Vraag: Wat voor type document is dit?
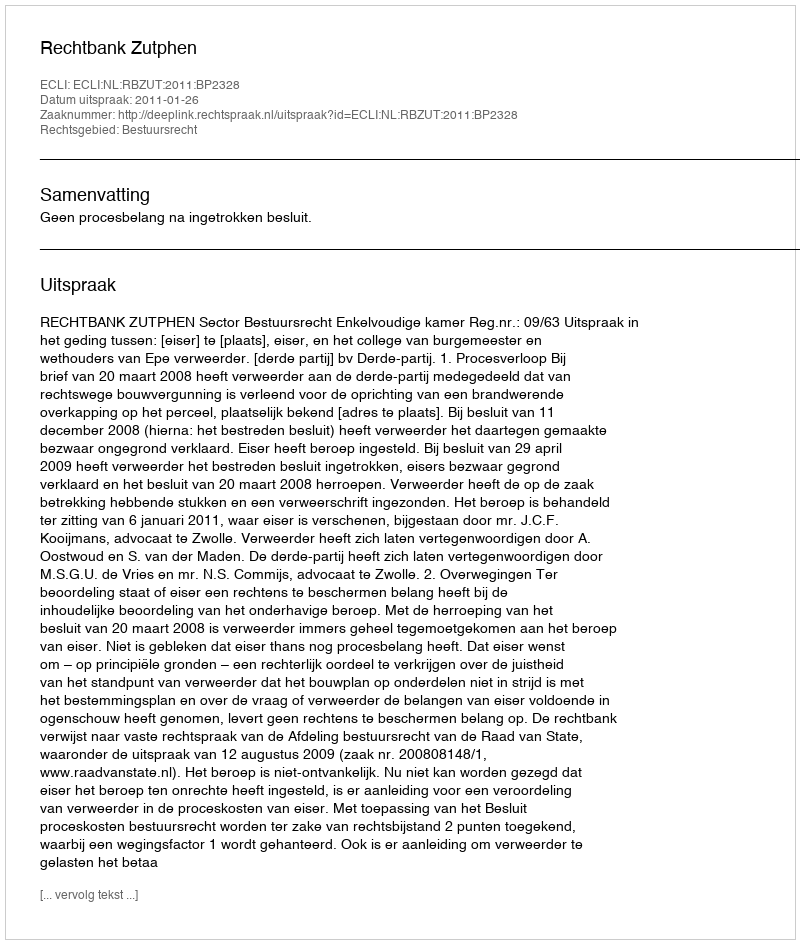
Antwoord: Uitspraak